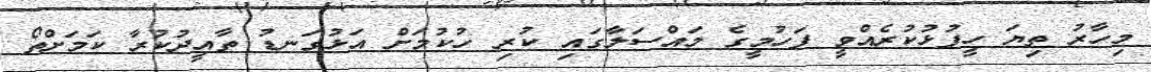
މިހާރު ތިޔަ ހީފުޅުކުރެއްވީ ފަހުމީގެ މައްސަލާގައި ކުރި ހުކުމަށް އަޅުގަނޑު ތާއީދުކުރާ ކަމަށްތޯ